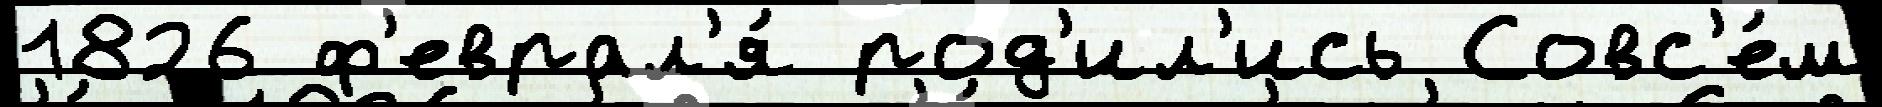
1826 ф'еврал'я́ род'ил'ись Совс'е́м